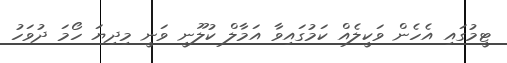
ޓީމުގައި އެހެން ވަކީލެއް ކަމުގައިވާ އަމާލް ކުލޫނީ ވަނީ މިދިޔަ ހޯމަ ދުވަހު